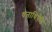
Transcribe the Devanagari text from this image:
धनाधिपति